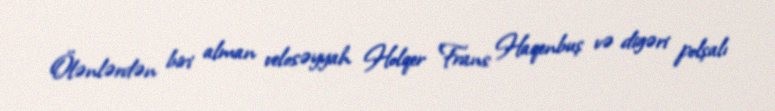
Ölənlərdən biri alman velosəyyah Holqer Frans Haqenbuş və digəri polşalı